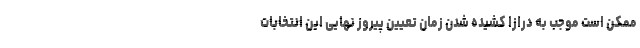
ممکن است موجب به درازا کشیده شدن زمان تعیین پیروز نهایی این انتخابات